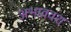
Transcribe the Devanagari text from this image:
अभाववश